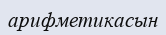
арифметикасын